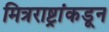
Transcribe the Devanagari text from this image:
मित्रराष्ट्रांकडून